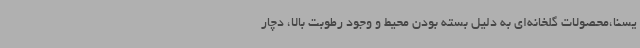
یسنا،محصولات گلخانه‌ای به دلیل بسته بودن محیط و وجود رطوبت بالا، دچار